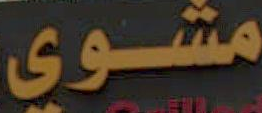
مشوي